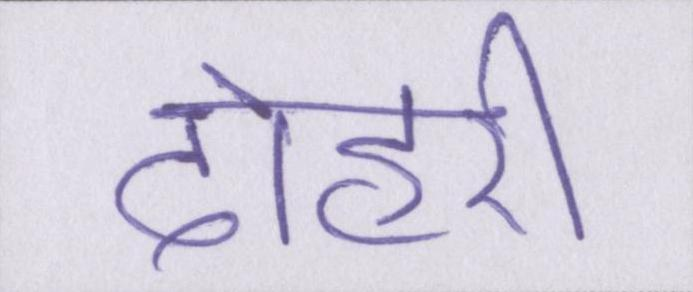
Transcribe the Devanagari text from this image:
दोहरी